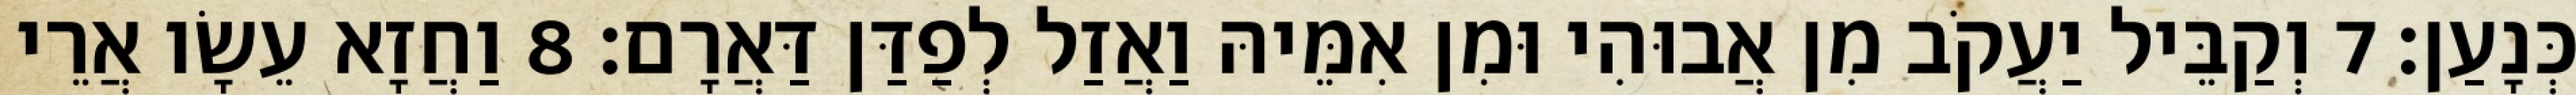
כְּנָעַן׃ 7 וְקַבֵּיל יַעֲקֹב מִן אֲבוּהִי וּמִן אִמֵּיהּ וַאֲזַל לְפַדַּן דַּאֲרָם׃ 8 וַחֲזָא עֵשָׂו אֲרֵי